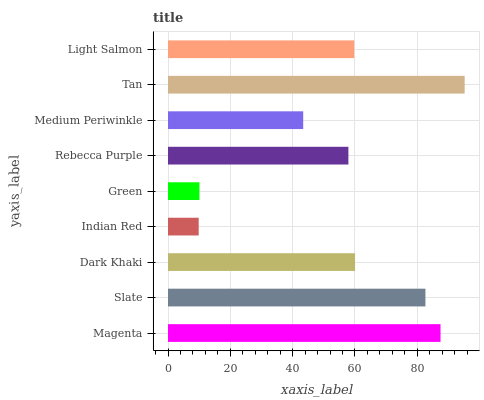
| yaxis_label | bars |
 | --- | --- |
 | Magenta | 87.5 |
 | Slate | 82.6 |
 | Dark Khaki | 60 |
 | Indian Red | 9.85 |
 | Green | 10.1 |
 | Rebecca Purple | 57.9 |
 | Medium Periwinkle | 43.4 |
 | Tan | 95.2 |
 | Light Salmon | 59.8 |